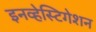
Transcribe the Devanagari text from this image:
इनव्हेस्टिगेशन